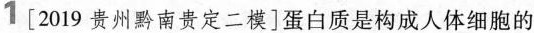
1[2019贵州黔南贵定二模]蛋白质是构成人体细胞的